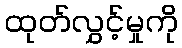
ထုတ်လွှင့်မှုကို